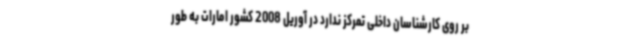
بر روی کارشناسان داخلی تمرکز ندارد در آوریل 2008 کشور امارات به طور